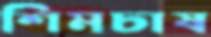
শিমচাষ